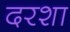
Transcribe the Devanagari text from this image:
दरशा